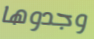
وجدوها